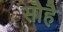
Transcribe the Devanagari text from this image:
सौहै